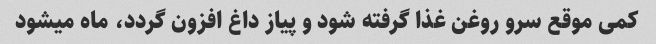
کمی موقع سرو روغن غذا گرفته شود و پیاز داغ افزون گردد، ماه میشود